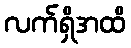
လက်ရှိအထိ